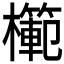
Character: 𭬣